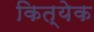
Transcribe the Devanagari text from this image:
कित्‍येक